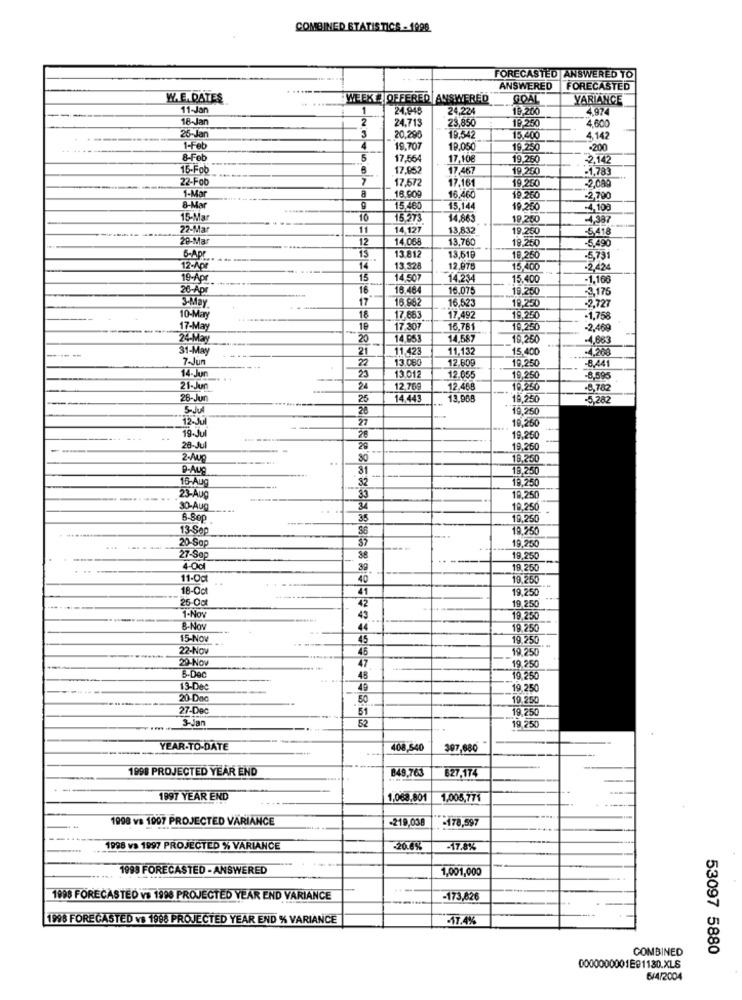
COMBINED STATISTICS - 1998
FORECASTED ANSWERED TO
ANSWERED
FORECASTED
W.E. DATES
WEEK # OFFERED ANSWERED
GOAL
YARIANCE
------
11-Jan
1
24,948
24.22
19 200
4.974
18-Jan
2
24.713
23,85
19 250
4.600
25-Jan
3
20,296
19.542
15,400
4,142
1-Feb
4
19.707
19.05
19.250
-200
8-Feb
5
17,554
17,10€
19.260
-2,142
15-Fob
17,952
17 467
19.250
-1,783
22-Foo
17.672
17.161
19.260
-2,080
a
1-Mar
18.90
16,460
19.260
-2,700
B-UM
9
15.460
15,144
19,250
4,100
15-Mar
10
15.273
14.86
19,260
-4,387
22-Mar
1
14.127
13,832
19.250
-5418
29-Ma
12
14.068
13,760
19,250
-5,490
13 81
13.61
6-Apr
13
10,260
-5,731
12-Apr
T
13.328
12.97
15.400
-2,424
19-Apr
15
14.50
14.23
15,400
-1,168
26-Apr
16
18.48
16.075
19.250
-3,175
17
16.86
16.523
19,250
-2,727
10-May
18
17,683
17.492
19,250
-1,75
17-May
19
17.307
16,781
19.250
-2.469
24-May
20
14.053
19.250
-4,883
31-May
21
11.42
11,132
15,400
.4.200
7-Jun
22
13.080
19,250
-8.441
12.609
14-Jur
13.01
12.055
19,250
-8,595
21-Jur
24
12,76
12.468
19,250
-8,782
26-Jun
25
14.443
13.968
19,250
5,282
5-Jul
20
19,260
12-Jul
27
19,260
19. Jul
28
19,250
28-Jul
29
19,260
2-Aug
..
80
19,250
9-AUG
18.250
16-Aug
32
19,250
23-Aug
19,250
30-Aug
34
19.250
35
19,250
13-Sep
19.250
20-Sap
----
19,250
27-Sep
38
19,250
40cl
39
19,250
11-Oct
40
19.250
18-Oct
41
19,250
25-Oot
42
19,250
1-Nov
43
19.230
8-Nov
44
19.250
15-Nov
45
19.250
22-Nov
45
19,250
29 Nov
47
19.250
5-Dec
48
19.250
13-De
49
19,250
20 Dno
50
19,250
27-Dec
51
19,250
3-Jan
52
19,250
YEAR-TO-DATE
408,540
397,680
1998 PROJECTED YEAR END
849,763
627,174
1997 YEAR END
1.068,801
1.005,771
1998 vs 1907 PROJECTED VÄRIANCE
-219,038
-178,597
-
1998 va 1997 PROJECTED % VARIANCE
-20.6%
-17.8%
1993 FORECASTED - ANSWERED
1,001,000
1998 FORECASTED vs 1996 PROJECTED YEAR END VARIANCE
-173,626
1998 FORECASTED vs 1998 PROJECTED YEAR END % VARIANCE
17.4%
COMBINED
53097 5880
0000000001E91130.XLS
6/4/2004